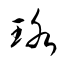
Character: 珞